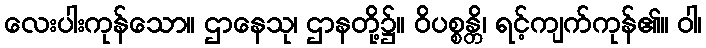
လေးပါးကုန်သော။ ဌာနေသု၊ ဌာနတို့၌။ ဝိပစ္စန္တိ၊ ရင့်ကျက်ကုန်၏။ ဝါ၊